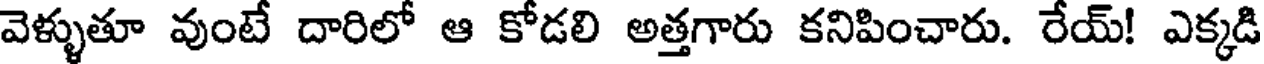
వెళ్ళుతూ వుంటే దారిలో ఆ కోడలి అత్తగారు కనిపించారు. రేయ్! ఎక్కడి